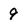
Character: 9